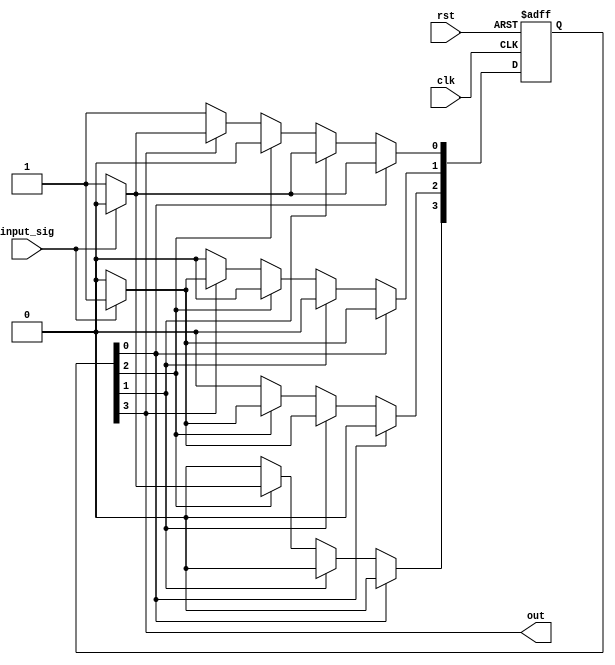
`timescale 1ns/100ps

module fsm (input wire clk, rst, input_sig, output wire out);
reg [3:0] state, next_state;
parameter S0 = 0, S1 = 1, S2 = 2, S3 = 3;

assign out = (state[S3]);

always @ (posedge clk or posedge rst )
    if (rst)
        state <= #1 4'b0001; // S0 the initial state
    else
        state <= #1 next_state;

always @ (state or input_sig)
begin
    next_state = 4'b0000;
    case (1'b1)
        state [S0]:
            if(input_sig)
                next_state [S1] = 1'b1;
            else
                next_state [S0] = 1'b1;
        state [S1]:
            if(input_sig)
                next_state [S2] = 1'b1;
            else
                next_state [S0] = 1'b1;
		state [S2]:
            if(!input_sig)
                next_state [S3] = 1'b1;
            else
                next_state [S2] = 1'b1;
        state [S3]:
		    if(input_sig)
                next_state [S1] = 1'b1;
            else
                next_state [S0] = 1'b1;
        default:
            next_state [S0] = 1'b1;
    endcase
end
endmodule